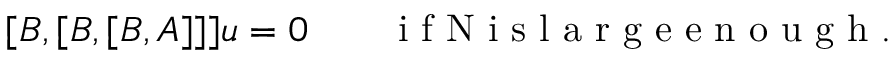
[ B , [ B , [ B , A ] ] ] u = 0 \qquad \mathrm { ~ i ~ f ~ N ~ i ~ s ~ l ~ a ~ r ~ g ~ e ~ e ~ n ~ o ~ u ~ g ~ h ~ . ~ }